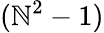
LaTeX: (\mathbb{N}^{2}-1)